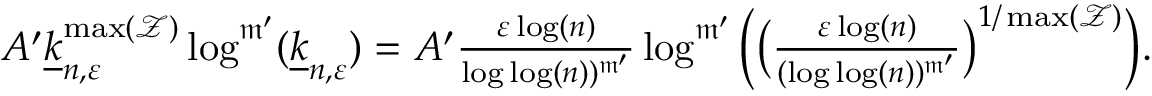
\begin{array} { r } { A ^ { \prime } \underline { { k } } _ { n , \varepsilon } ^ { \operatorname* { m a x } ( { \mathcal Z } ) } \log ^ { \mathfrak { m } ^ { \prime } } ( \underline { { k } } _ { n , \varepsilon } ) = A ^ { \prime } \frac { \varepsilon \log ( n ) } { \log \log ( n ) ) ^ { \mathfrak { m } ^ { \prime } } } \log ^ { \mathfrak m ^ { \prime } } \Big ( \big ( \frac { \varepsilon \log ( n ) } { ( \log \log ( n ) ) ^ { \mathfrak { m } ^ { \prime } } } \big ) ^ { 1 / \operatorname* { m a x } ( { \mathcal Z } ) } \Big ) . } \end{array}